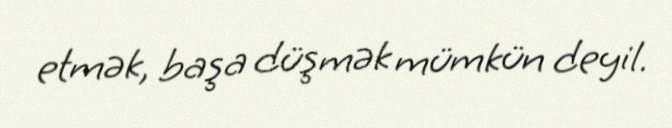
etmək, başa düşmək mümkün deyil.